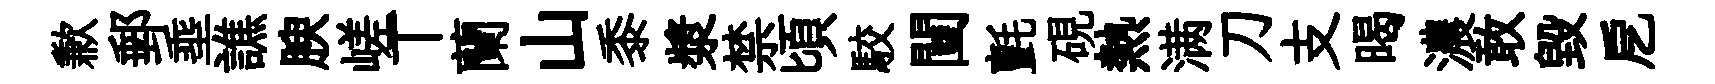
歉郵埀譙腴嵯丅蘭山黍漿禁頃駮闉氈硯熱满刀支暍濃敢毀戹